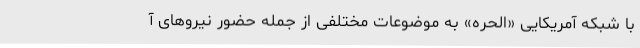
با شبکه آمریکایی «الحره» به موضوعات مختلفی از جمله حضور نیروهای آ